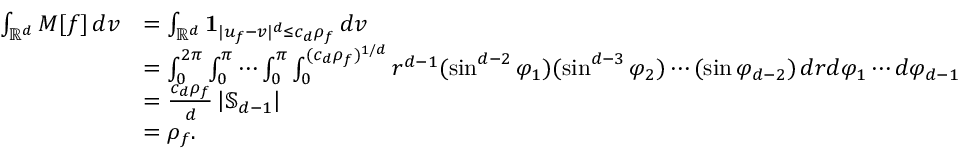
\begin{array} { r l } { \int _ { \mathbb { R } ^ { d } } M [ f ] \, d v } & { = \int _ { \mathbb { R } ^ { d } } \mathbf { 1 } _ { | u _ { f } - v | ^ { d } \le c _ { d } \rho _ { f } } \, d v } \\ & { = \int _ { 0 } ^ { 2 \pi } \int _ { 0 } ^ { \pi } \cdots \int _ { 0 } ^ { \pi } \int _ { 0 } ^ { ( c _ { d } \rho _ { f } ) ^ { 1 / d } } r ^ { d - 1 } ( \sin ^ { d - 2 } \varphi _ { 1 } ) ( \sin ^ { d - 3 } \varphi _ { 2 } ) \cdots ( \sin \varphi _ { d - 2 } ) \, d r d \varphi _ { 1 } \cdots d \varphi _ { d - 1 } } \\ & { = \frac { c _ { d } \rho _ { f } } { d } \left| \mathbb { S } _ { d - 1 } \right| } \\ & { = \rho _ { f } . } \end{array}